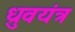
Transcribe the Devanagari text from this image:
ध्रुवयंत्र